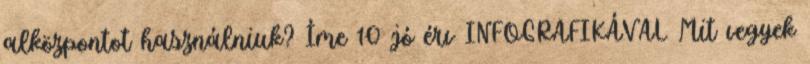
alközpontot használniuk? Íme 10 jó érv INFOGRAFIKÁVAL Mit vegyek